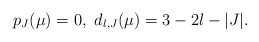
\begin{align*}p_J(\mu)=0,\ d_{l,J}(\mu)=3-2l-|J|.\end{align*}